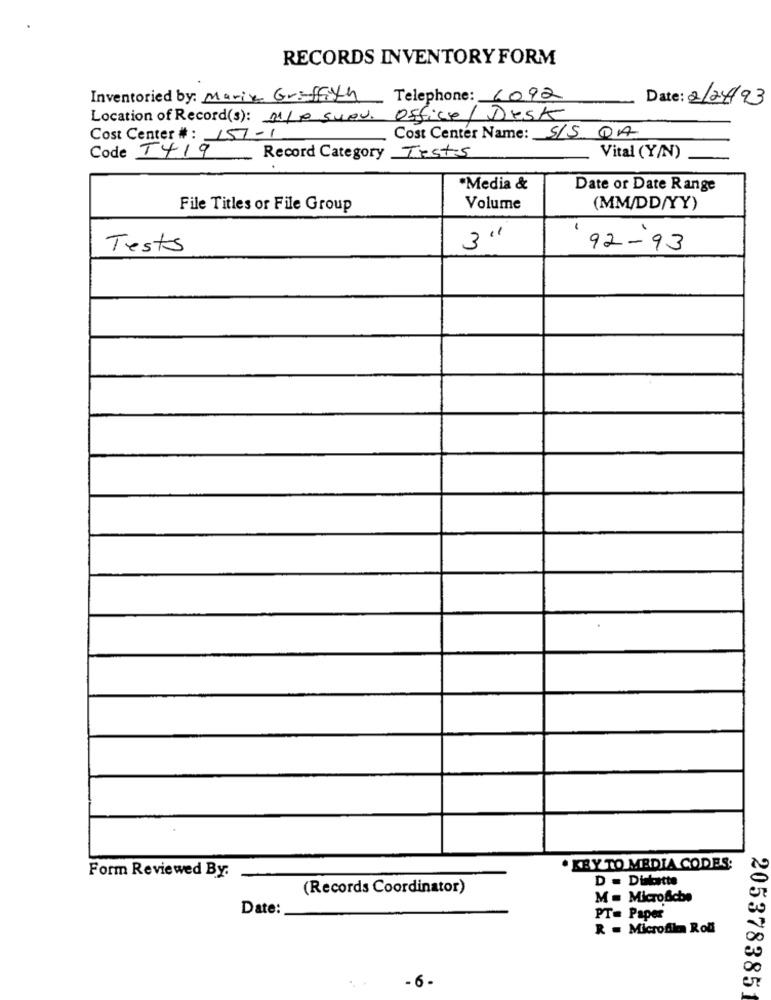
RECORDS INVENTORY FORM
Inventoried by: Marie Griffith
Telephone: 6092
Date: 2/24/93
Location of Record(s): 11/0 suev. Office / Desk
Cost Center #: 151-1
Cost Center Name: S/S QA
Code T419
Record Category Tests
Vital (Y/N)
·Media &
Date or Date Range
File Titles or File Group
Volume
(MM/DD/YY)
3''
Tests
92-93
Form Reviewed By:
· KBY TO MEDIA CODES;
D = Diskatte
(Records Coordinator)
M = Microfiche
Date:
PT= Paper
R = Microfilm Roll
- 6 -
205378385